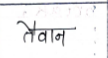
मजकूर: तैवान